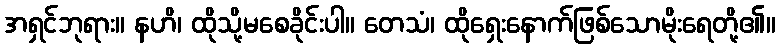
အရှင်ဘုရား။ နဟိ၊ ထိုသို့မစေခိုင်းပါ။ တေသံ၊ ထိုရှေးနောက်ဖြစ်သောမိုးရေတို့၏။